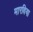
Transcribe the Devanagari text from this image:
मारविया